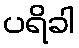
ပရိခါ